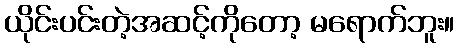
ယိုင်းပင်းတဲ့အဆင့်ကိုတော့ မရောက်ဘူး။